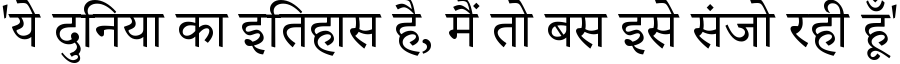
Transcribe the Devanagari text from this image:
'ये दुनिया का इतिहास है, मैं तो बस इसे संजो रही हूँ'